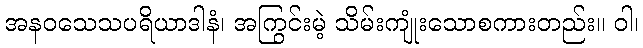
အနဝသေသပရိယာဒါနံ၊ အကြွင်းမဲ့ သိမ်းကျုံးသောစကားတည်း။ ဝါ၊